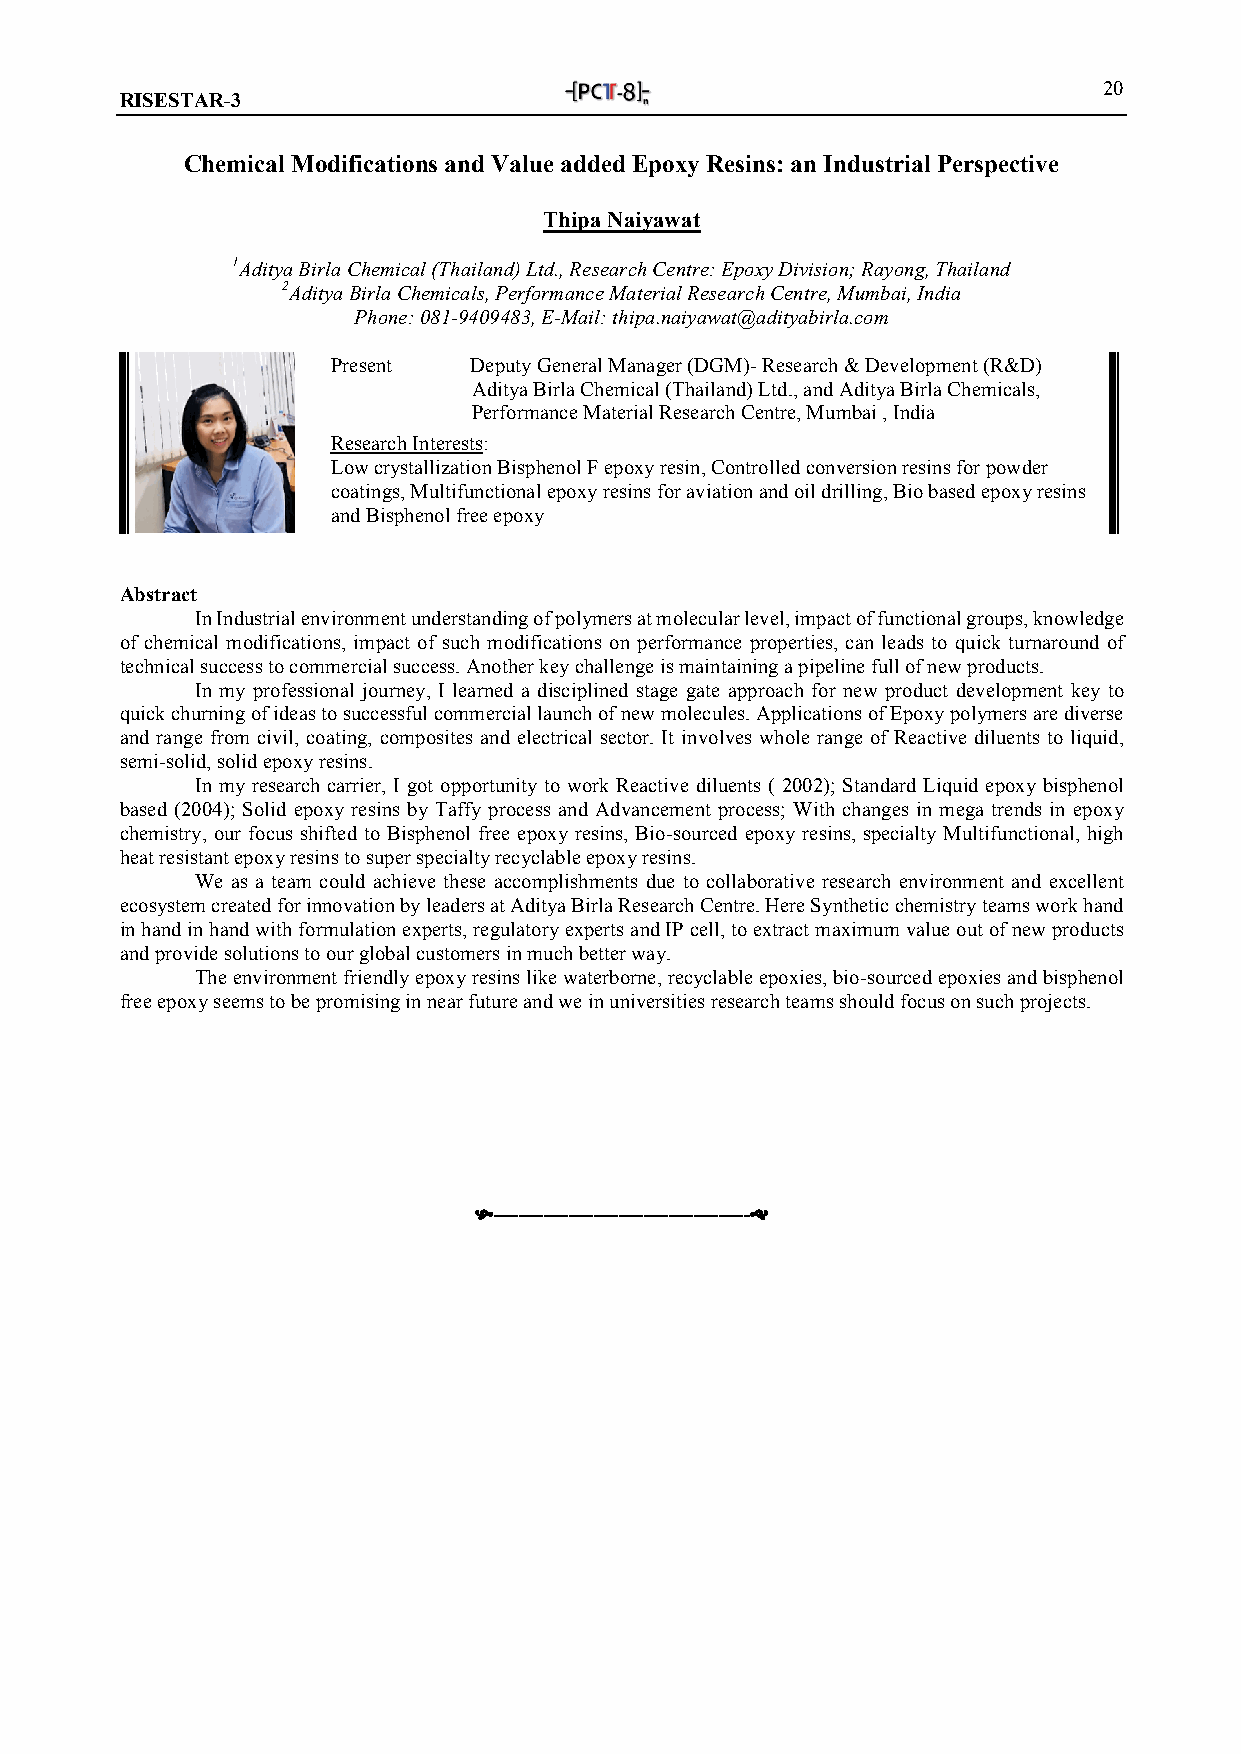
20
 RISESTAR-3
 Chemical Modifications and Value added Epoxy Resins: an Industrial Perspective
 Thipa Naiyawat
 1Aditya Birla Chemical (Thailand) Ltd., Research Centre: Epoxy Division; Rayong, Thailand
 2Aditya Birla Chemicals, Performance Material Research Centre, Mumbai, India
 Phone: 081-9409483, E-Mail: thipa.naiyawat@adityabirla.com
 Present  Deputy General Manager (DGM)- Research & Development (R&D)
 Aditya Birla Chemical (Thailand) Ltd., and Aditya Birla Chemicals,
 Performance Material Research Centre, Mumbai , India
 Research Interests:
 Low crystallization Bisphenol F epoxy resin, Controlled conversion resins for powder
 coatings, Multifunctional epoxy resins for aviation and oil drilling, Bio based epoxy resins
 and Bisphenol free epoxy
 Abstract
 In Industrial environment understanding of polymers at molecular level, impact of functional groups, knowledge
 of chemical modifications, impact of such modifications on performance properties, can leads to quick turnaround of
 technical success to commercial success. Another key challenge is maintaining a pipeline full of new products.
 In my professional journey, I learned a disciplined stage gate approach for new product development key to
 quick churning of ideas to successful commercial launch of new molecules. Applications of Epoxy polymers are diverse
 and range from civil, coating, composites and electrical sector. It involves whole range of Reactive diluents to liquid,
 semi-solid, solid epoxy resins.
 In my research carrier, I got opportunity to work Reactive diluents ( 2002); Standard Liquid epoxy bisphenol
 based (2004); Solid epoxy resins by Taffy process and Advancement process; With changes in mega trends in epoxy
 chemistry, our focus shifted to Bisphenol free epoxy resins, Bio-sourced epoxy resins, specialty Multifunctional, high
 heat resistant epoxy resins to super specialty recyclable epoxy resins.
 We as a team could achieve these accomplishments due to collaborative research environment and excellent
 ecosystem created for innovation by leaders at Aditya Birla Research Centre. Here Synthetic chemistry teams work hand
 in hand in hand with formulation experts, regulatory experts and IP cell, to extract maximum value out of new products
 and provide solutions to our global customers in much better way.
 The environment friendly epoxy resins like waterborne, recyclable epoxies, bio-sourced epoxies and bisphenol
 free epoxy seems to be promising in near future and we in universities research teams should focus on such projects.
 -----------------------------------------